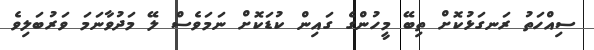
ސިއްހަތު ރަނގަޅުކޮށް ތިބޭ މީހުންގެ ގައިން ކުޑަކޮށް ނަމަވެސް ލޭ މަދުވާނަމަ ވަރުބަލިވެ